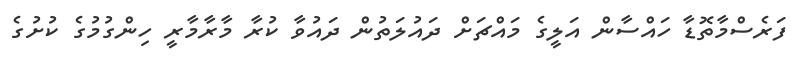
ފަރެސްމާތޮޑާ ހައްސާން އަލީގެ މައްޗަށް ދައުލަތުން ދައުވާ ކުރާ މާރާމާރީ ހިންގުމުގެ ކުށުގެ